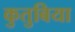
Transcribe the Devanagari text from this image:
कुतुबिया